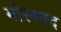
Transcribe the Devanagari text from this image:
मोस्साद